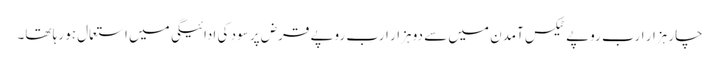
چار ہزار ارب روپے ٹیکس آمدن میں سے دو ہزار ارب روپے قرض پر سود کی ادائیگی میں استعمال ہو رہا تھا۔